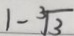
1 - \sqrt [ 3 ] { 3 }